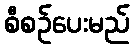
စီစဉ်ပေးမည်